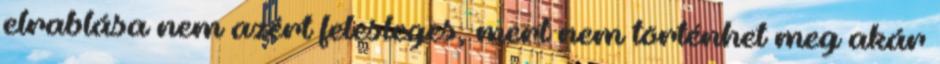
elrablása nem azért felesleges, mert nem történhet meg akár